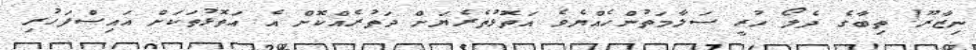
ނިޒާރޫ! ތިބާގެ ދެލޯ ހުރީ ސަލާމަތުންހެއްޔެވެ އަތޮޅުތެރެޔަށް ދަތުރެއްކޮށް އެ އަތޮޅުތަކަށް އައިސްފަހުރި